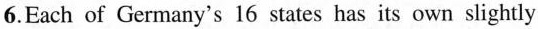
6.Each of Germany's 16 states has its own slightly